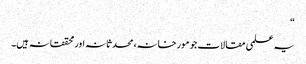
“
یہ علمی مقالات جو مورخانہ، محدثانہ اور محققانہ ہیں۔